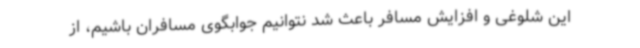
این شلوغی و افزایش مسافر باعث شد نتوانیم جوابگوی مسافران باشیم، از